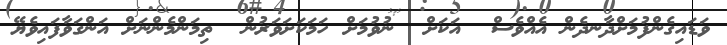
ވަޑައިގެންފުމަށްދާނދެން އެއްވެސް  އަކަށް  ނުވުމަށް ހަމަކަށަވަރުން  ތިމަންމެންނަށް އަންގަވާފައިވެޔޭ